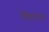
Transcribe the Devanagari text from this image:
पॉमरेन्या